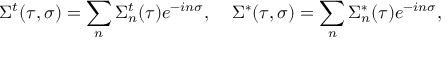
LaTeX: \Sigma ^ { t } ( \tau , \sigma ) = \sum _ { n } \Sigma _ { n } ^ { t } ( \tau ) e ^ { - i n \sigma } , \; \; \; \; \Sigma ^ { * } ( \tau , \sigma ) = \sum _ { n } \Sigma _ { n } ^ { * } ( \tau ) e ^ { - i n \sigma } ,